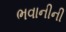
ભવાનીની